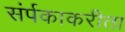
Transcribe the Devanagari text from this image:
संर्पकाकरीता